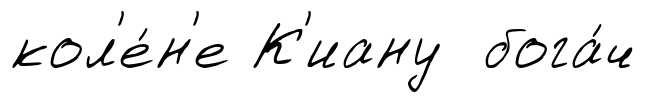
кол'е́н'е К'иану бога́ч